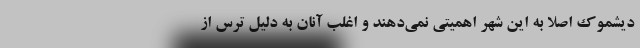
دیشموک اصلا به این شهر اهمیتی نمی‌دهند و اغلب آنان به دلیل ترس از